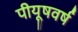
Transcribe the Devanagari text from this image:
पीयूषवर्ष